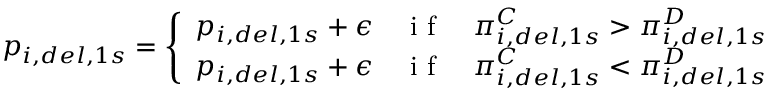
p _ { i , d e l , 1 s } = \left\{ \begin{array} { l l } { p _ { i , d e l , 1 s } + \epsilon } & { \mathrm { ~ i ~ f ~ } \quad \pi _ { i , d e l , 1 s } ^ { C } > \pi _ { i , d e l , 1 s } ^ { D } } \\ { p _ { i , d e l , 1 s } + \epsilon } & { \mathrm { ~ i ~ f ~ } \quad \pi _ { i , d e l , 1 s } ^ { C } < \pi _ { i , d e l , 1 s } ^ { D } } \end{array} \right.